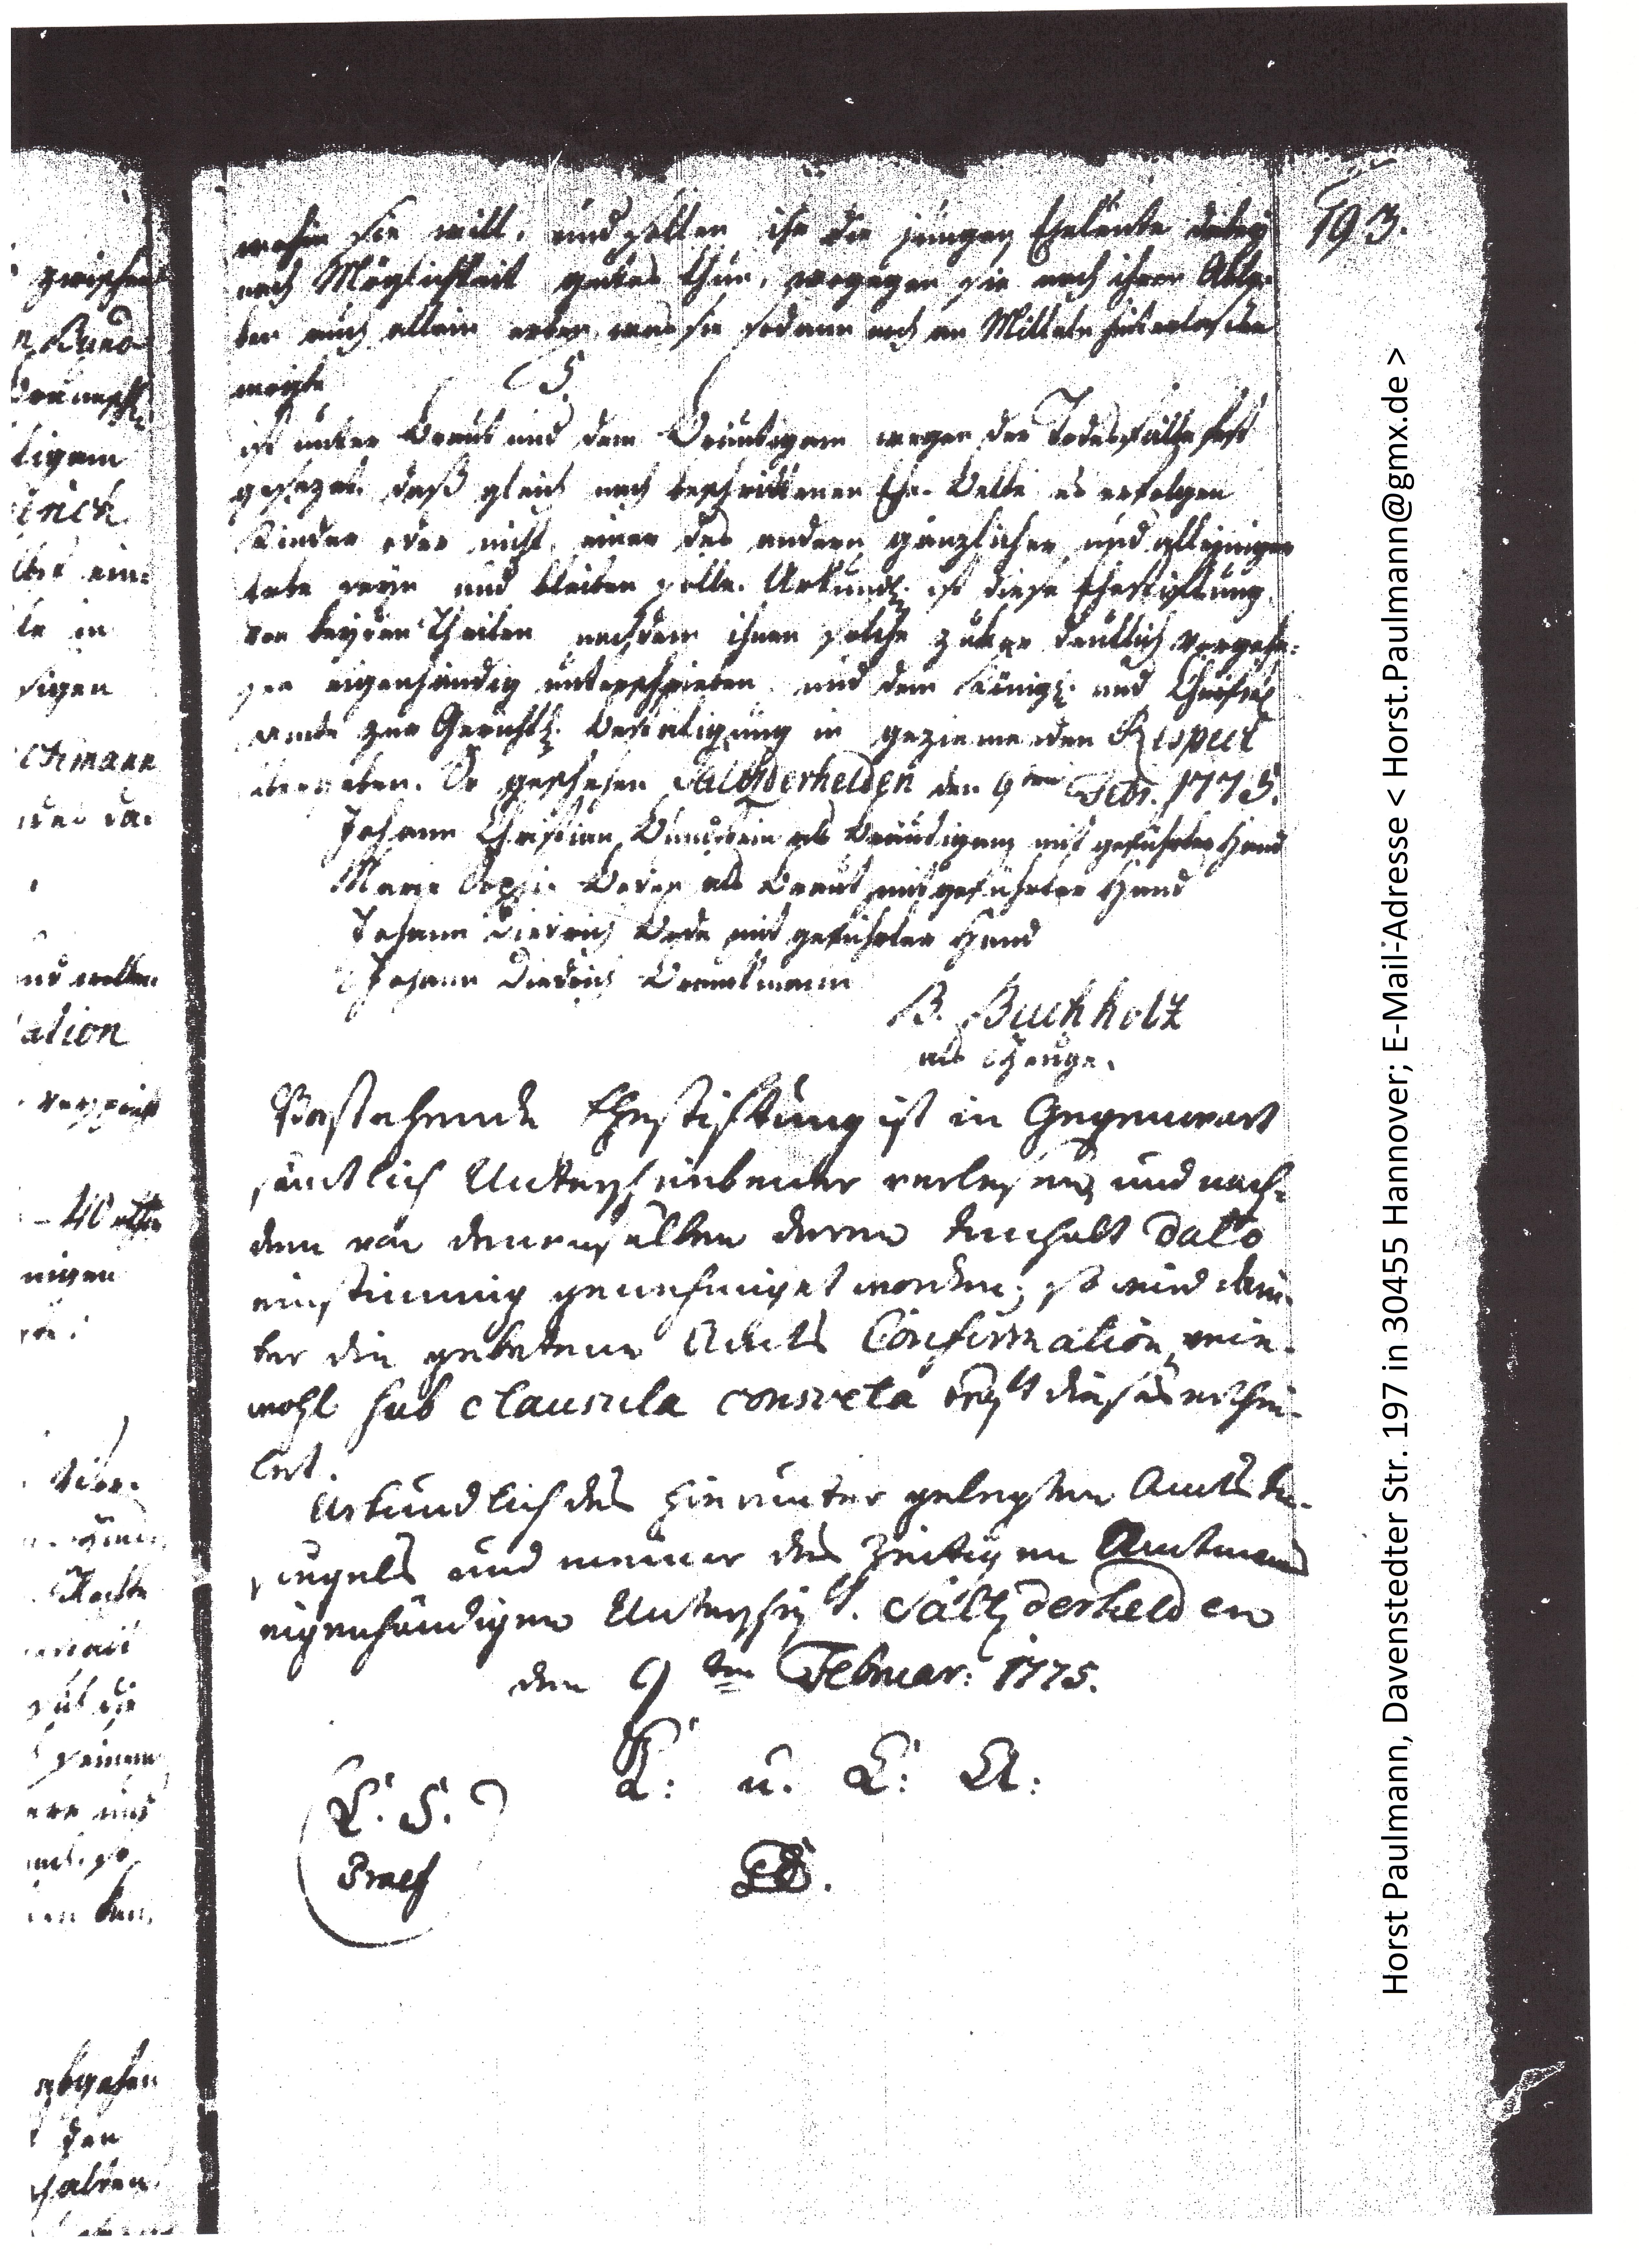
193.

wohin sie will, und sollen ihr die jungen Eheleute dabey
nach Möglichkeit gutes thun, wogegen sie nach ihren Able¬
ben auch allain erben, was sie sodann noch an Mitteln xxx den
mögte.
5.
ist unter Braut und dem Bräutigam wegen der Todesfälle fest
gesezet, daß gleich nach beschrittenen Ehe-Bette es erfolgen
Kinder oder nicht, einer des andern gänzlicher und alleiniger
Erbe seyn und bleiben solle. Urkundl. ist diese Ehestiftung
von beyden Theilen nachdem ihnen solche xxx deutlich vorgele¬
sen eigenhändig unterschrieben und dem Königl. und Churfstl.
Amte zur grünhtl. Bestätigung in geziemenden Respect
übergeben. So geschehen Salzderhelden den 9ten Febr. 1775.
Johann Christian Bundstein als Bräutigam mit geführter Hand
Marie Sophie Boden als Braut mit geführter Hand
Johann Dietrich Bode mit geführter Hand
Johann Dietrich Brunkmann
B. Buchholz
als Zeuge.
Bestehende Ehestiftung ist in Gegenwart
sämtlich Unterschriebener verlesen und nach¬
dem von denenselben deren Innhalt dato
einstimmig genehmiget worden, so wird xxx¬
ter die gebetene Adels Confirmation wie¬
wohl sub clausula consulta xxx dieses erthei¬
let.
Urkundlich des hierunter gelegten Amtes In¬
siegels und meiner derzeitigen Amtmannes
eigenhändigen Unterschrift. Salzderhelden
den 9ten Februar: 1775.
xxx: u. L: Ct:
L. S.
xxx
Praef